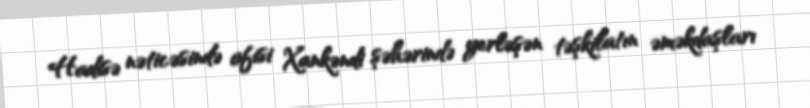
Hadisə nəticəsində ofisi Xankəndi şəhərində yerləşən təşkilatın əməkdaşları